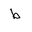
Letter: _da